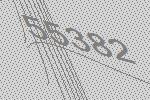
55382